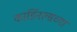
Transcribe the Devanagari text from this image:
कार्डिनल्सच्या